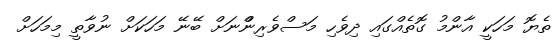
ތެޔޮ މަހަކީ އާންމު ގޮތެއްގައި ދިވެހި މަސްވެރިންްނަށް ބޭނޭ މަހަކަށް ނުވާތީ މިމަހަށް